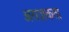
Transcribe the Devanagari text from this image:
अराज़कता